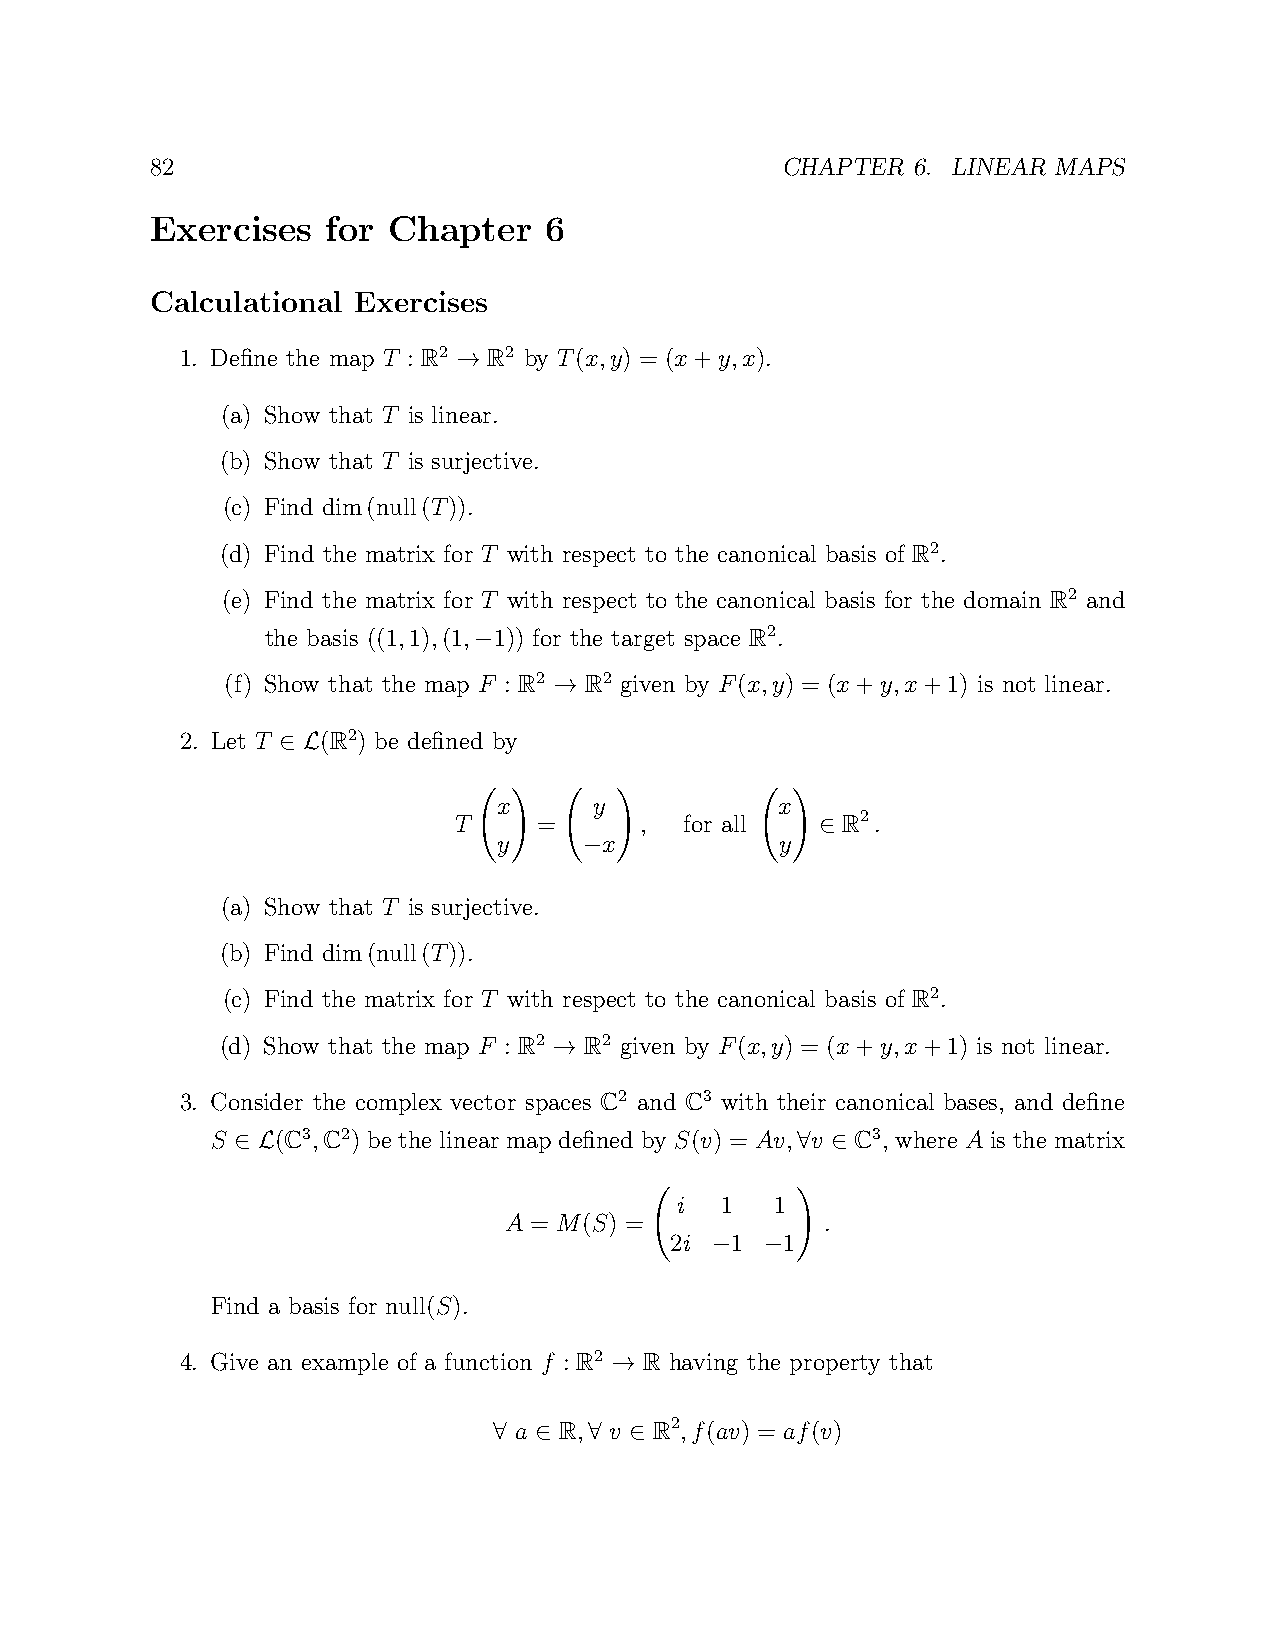
82                                        CHAPTER 6. LINEAR MAPS
 Exercises   for Chapter   6
 Calculational Exercises
 1. Define the map T : R2 R2 by T(x,y) = (x+y,x).
 →
 (a) Show that T is linear.
 (b) Show that T is surjective.
 (c) Find dim(null(T)).
 (d) Find the matrix for T with respect to the canonical basis of R2.
 (e) Find the matrix for T with respect to the canonical basis for the domain R2 and
 the basis ((1,1),(1, 1)) for the target space R2.
 −
 (f) Show that the map F : R2 R2 given by F(x,y) = (x+y,x+1) is not linear.
 →
 2. Let T (R2) be defined by
 ∈ L
 x     y            x
 T     =     ,  for all    R2.
 y!     x!          y! ∈
 −
 (a) Show that T is surjective.
 (b) Find dim(null(T)).
 (c) Find the matrix for T with respect to the canonical basis of R2.
 (d) Show that the map F : R2 R2 given by F(x,y) = (x+y,x+1) is not linear.
 →
 3. Consider the complex vector spaces C2 and C3 with their canonical bases, and define
 S   (C3,C2) be the linear map defined by S(v) = Av, v C3, where A is the matrix
 ∈ L                                  ∀ ∈
 i  1  1
 A = M(S) =            .
 2i  1   1!
 −   −
 Find a basis for null(S).
 4. Give an example of a function f : R2 R having the property that
 →
 a  R, v  R2,f(av) = af(v)
 ∀ ∈   ∀  ∈